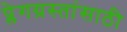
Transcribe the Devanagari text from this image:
प्लेगग्रस्तांसाठी